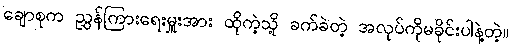
ချောစုက ညွှန်ကြားရေးမှူးအား ထိုကဲ့သို့ ခက်ခဲတဲ့ အလုပ်ကိုမခိုင်းပါနဲ့တဲ့။